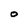
Character: O